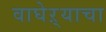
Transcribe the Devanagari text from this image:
वाघेऱ्याचा